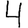
Digit: 4